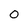
Character: 0